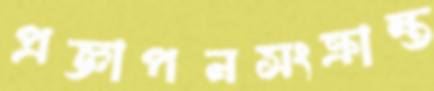
প্রজ্ঞাপনসংক্রান্ত